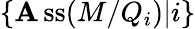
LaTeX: \{ \operatorname{\mathbf{A}ss}(M/Q_{i})|i\}